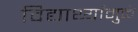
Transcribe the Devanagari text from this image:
विद्यार्थ्यांमुळे